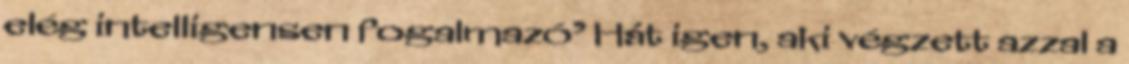
elég intelligensen fogalmazó’ Hát igen, aki végzett azzal a